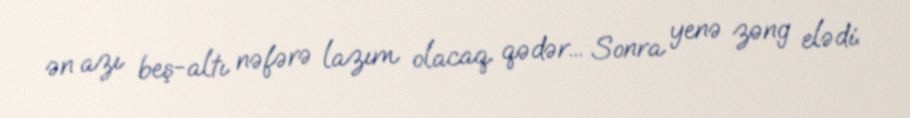
ən azı beş-altı nəfərə lazım olacaq qədər... Sonra yenə zəng elədi.